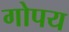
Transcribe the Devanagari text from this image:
गोपय